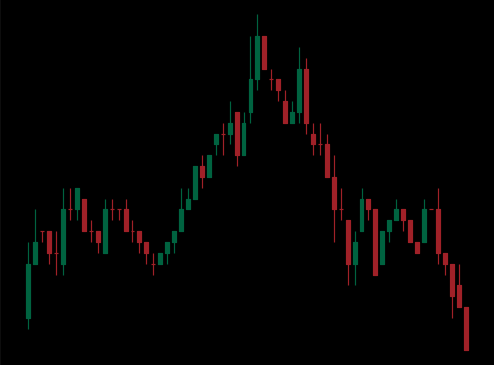
Pattern: head_shoulders